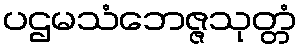
ပဌမသံဘေဇ္ဇသုတ္တံ